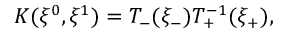
K ( \xi ^ { 0 } , \xi ^ { 1 } ) = T _ { - } ( \xi _ { - } ) T _ { + } ^ { - 1 } ( \xi _ { + } ) ,